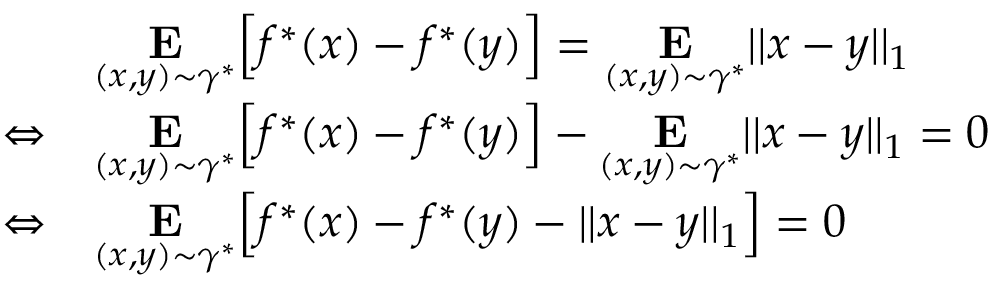
\begin{array} { r l } { } & { \underset { ( x , y ) \sim \gamma ^ { * } } { \mathbf { E } } \Big [ f ^ { * } ( x ) - f ^ { * } ( y ) \Big ] = \underset { ( x , y ) \sim \gamma ^ { * } } { \mathbf { E } } | | x - y | | _ { 1 } } \\ { \Leftrightarrow } & { \underset { ( x , y ) \sim \gamma ^ { * } } { \mathbf { E } } \Big [ f ^ { * } ( x ) - f ^ { * } ( y ) \Big ] - \underset { ( x , y ) \sim \gamma ^ { * } } { \mathbf { E } } | | x - y | | _ { 1 } = 0 } \\ { \Leftrightarrow } & { \underset { ( x , y ) \sim \gamma ^ { * } } { \mathbf { E } } \Big [ f ^ { * } ( x ) - f ^ { * } ( y ) - | | x - y | | _ { 1 } \Big ] = 0 } \end{array}